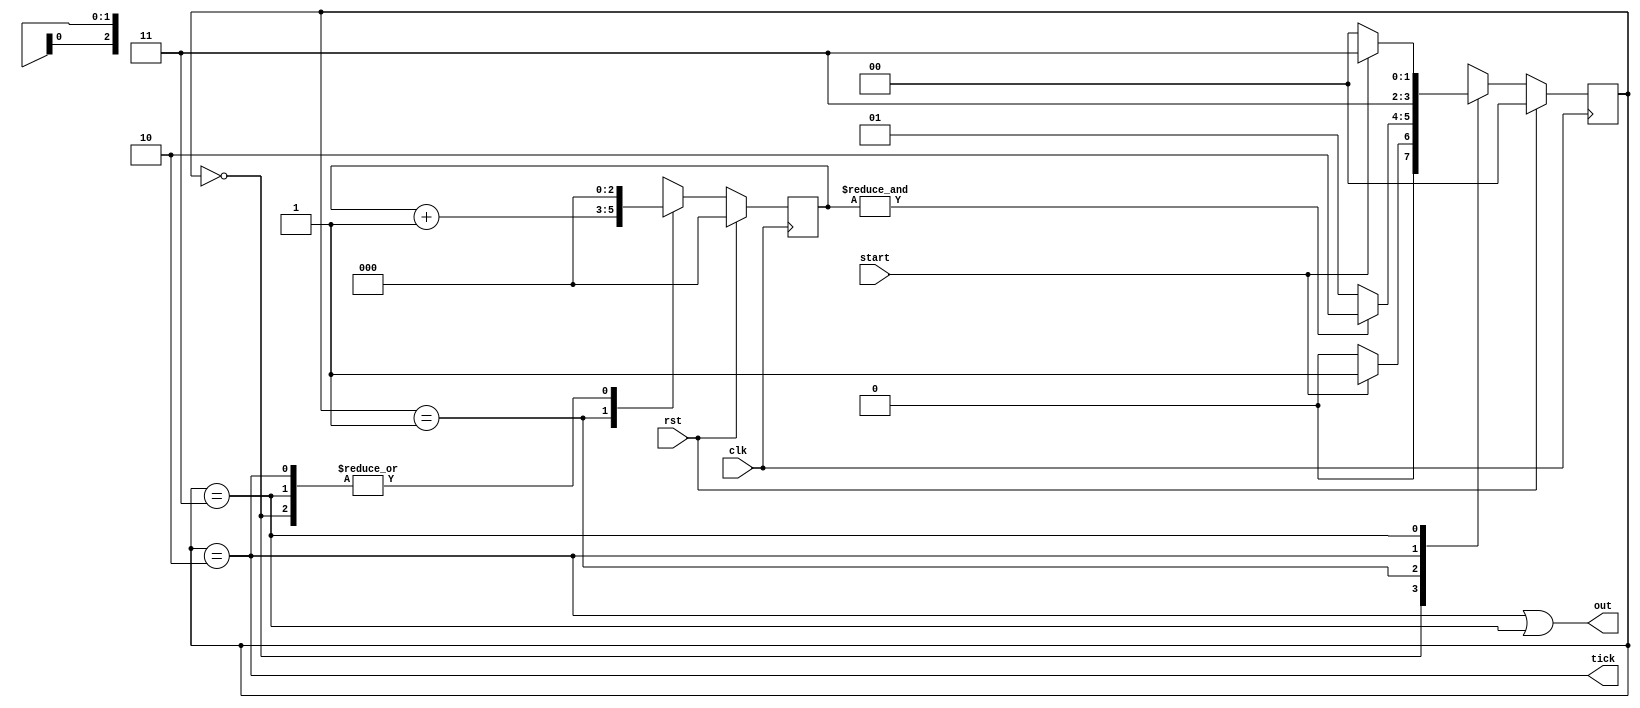
//////////////////////////////////////////////////////////////////////////////////
//
//
//  State machine that puts the start signal on output after waiting for 2**N clock ticks
//
//
//////////////////////////////////////////////////////////////////////////////////

module jump_control
#(parameter N=3)
(
	input  wire         clk, rst, 
	input  wire         start,   // start signal
        output wire         out ,    // output state
	output wire         tick     // trigger
);

//signal declaration
reg [N-1:0] cnt;
reg [N-1:0] cnt_next;

reg [2-1:0] state, state_next;
wire        tirgger;

localparam  [2-1:0] // 8 posible states
        idle     = 2'd0,
        wait1    = 2'd1,
        jump     = 2'd2,
        wait2    = 2'd3;

// body
always @(posedge clk)
	if (rst) begin
                cnt           <=  {N{1'b0}} ;
                state         <=   0 ;
        end
	else begin
		cnt           <=   cnt_next;
                state         <=   state_next ;
        end

// next-state logic 
always @*
begin
        case (state)
                idle : begin // waiting for start
                    if (start) 
                        state_next <= wait1 ;
                    else
                        state_next  <=    idle ;
                    cnt_next        <=    {N{1'b0}} ;
                end
                wait1 : begin // waiting before jump
                    if (&cnt) 
                        state_next <= jump ;
                    else
                        state_next <= wait1 ;
                    cnt_next       <=    cnt + 1 ;
                end
                jump : begin // change the state
                    state_next     <= wait2 ;
                    cnt_next       <=    {N{1'b0}} ;
                end
                wait2 : begin // keep waiting until start changes
                    if (start) 
                        state_next <= wait2 ;
                    else
                        state_next  <=    idle ;
                    cnt_next        <=    {N{1'b0}} ;
                end
                default : begin 
                    state      <= idle;
                    cnt        <= {N{1'b0}} ;
                end
        endcase
end


// output logic

assign tick = (state==jump) ;
assign out  = (state==jump)|(state==wait2) ;

endmodule